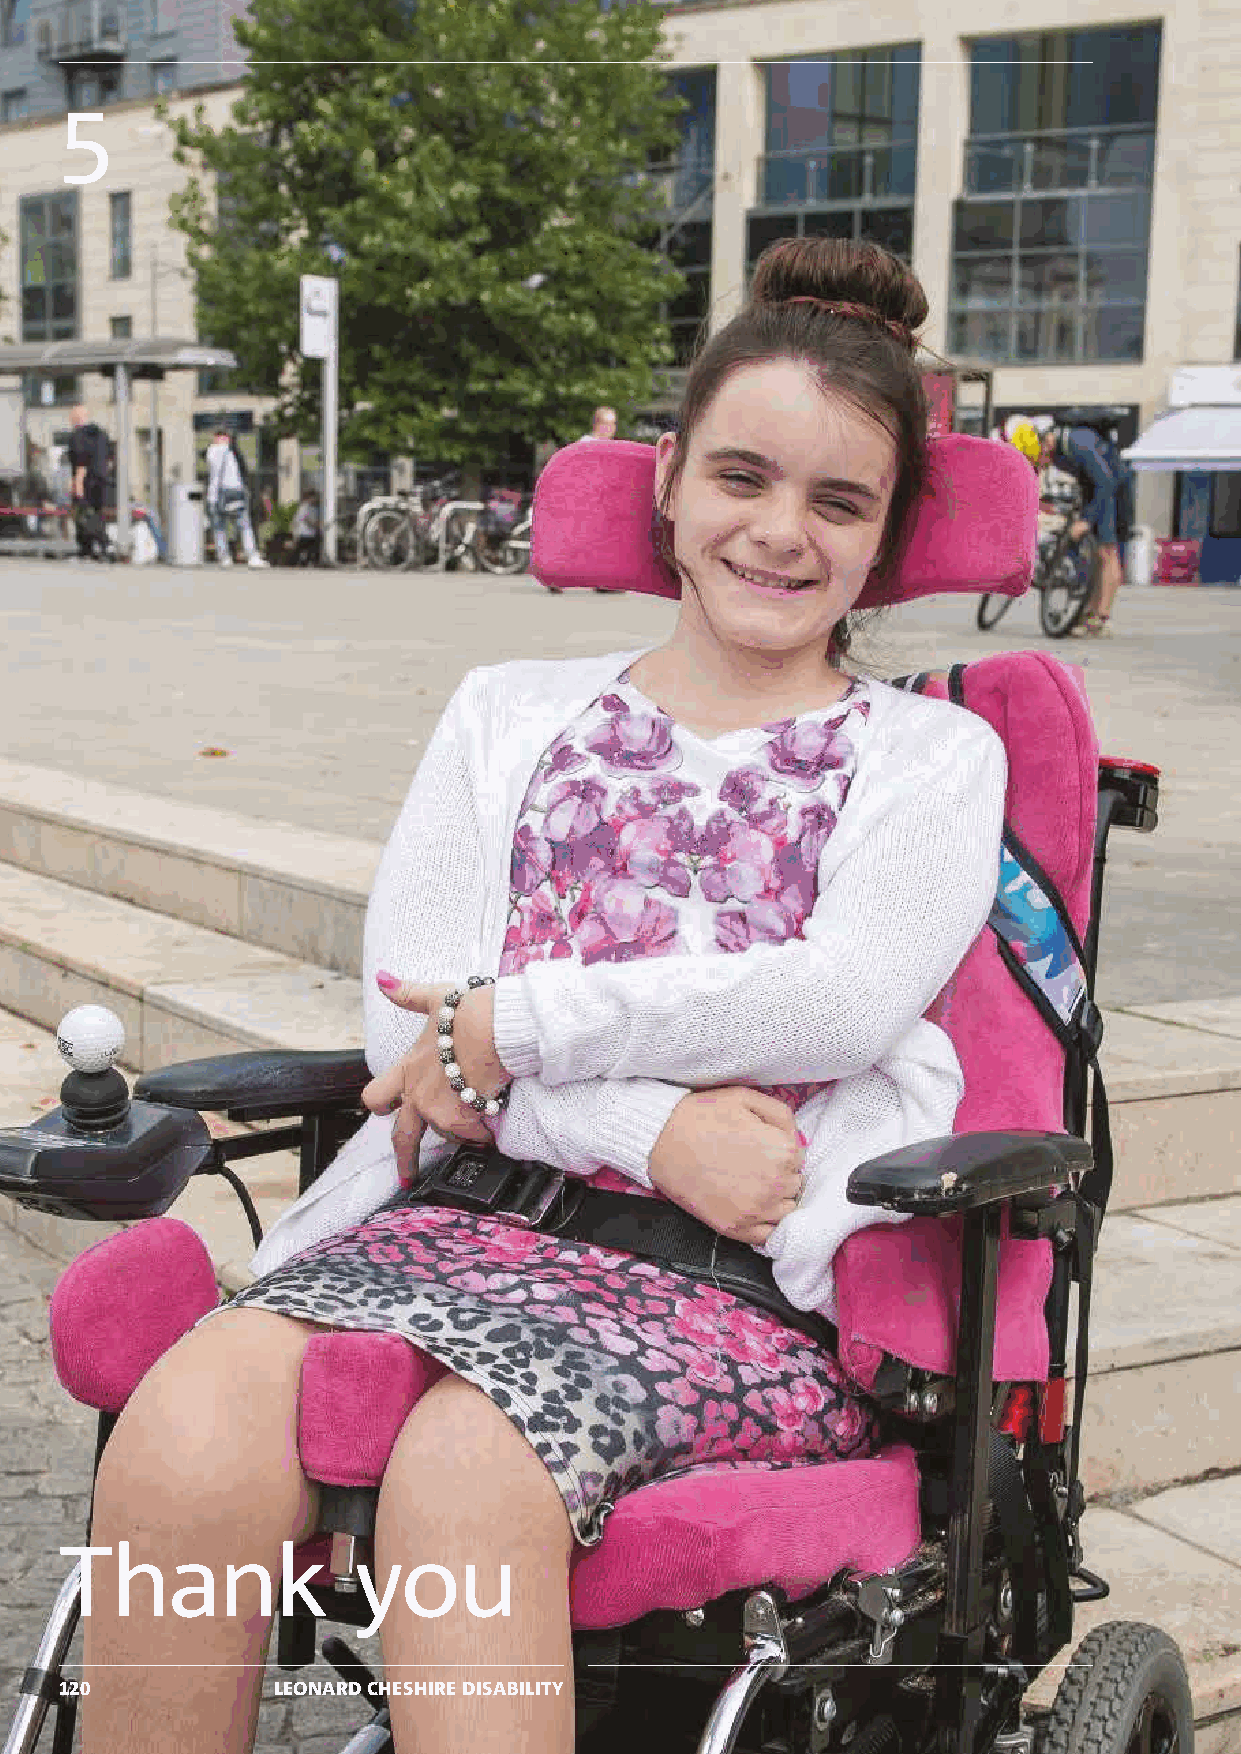
5
 Thank              you
 120           LEONARD CHESHIRE DISABILITY